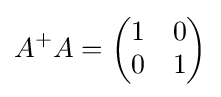
A^{+}A={\begin{pmatrix}1&0\\0&1\end{pmatrix}}